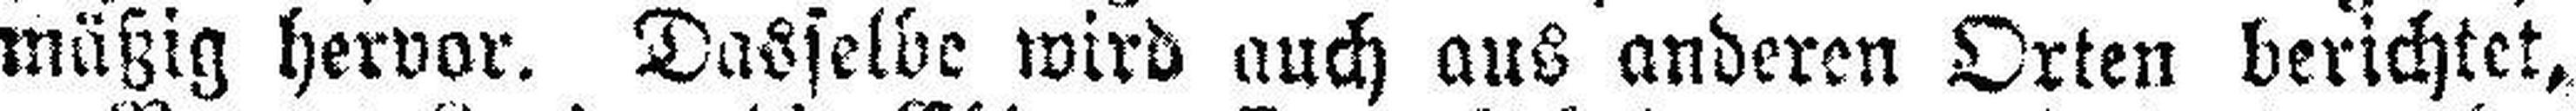
mäßig hervor. Dasselbe wird auch aus anderen Orten berichtet,